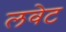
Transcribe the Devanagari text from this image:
लवेट